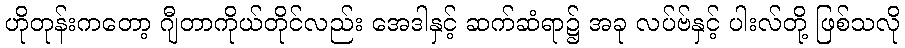
ဟိုတုန်းကတော့ ဂျီတာကိုယ်တိုင်လည်း အေဒါနှင့် ဆက်ဆံရာ၌ အခု လပ်ဗ်နှင့် ပါးလ်တို့ ဖြစ်သလို